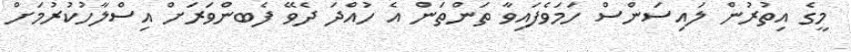
މީގެ އިތުރުން ލައިސަންސް ހަމަވެފައިވާ ތަންތަން އެ ހުއްދަ ދެވޭ ފެބންވަރަށް އިސްލާހުކުރުމަށް